Physiological action of certain drugs in tablet form - Number 52A
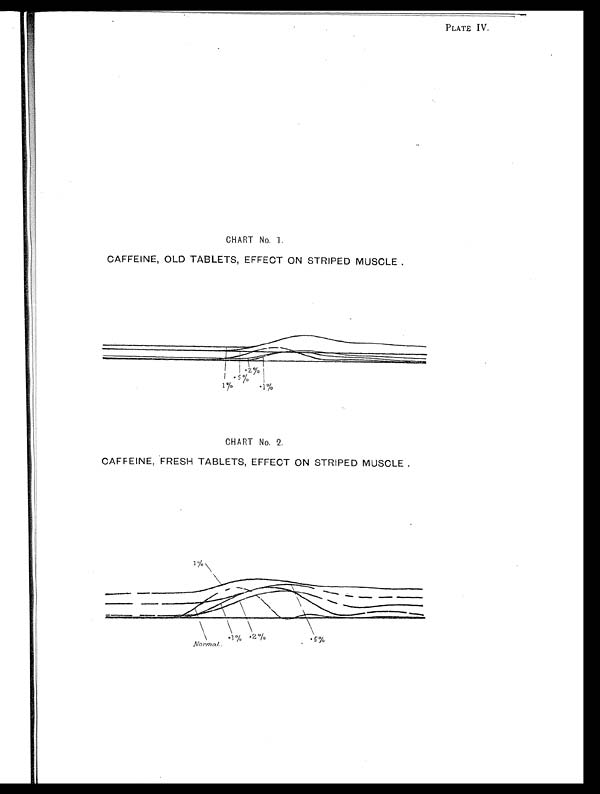
PLATE IV.
CHART No. 1.
CAFFEINE, OLD TABLETS, EFFECT ON STRIPED MUSCLE .
CHART No. 2.
CAFFEINE, FRESH TABLETS, EFFECT ON STRIPED MUSCLE .
Normal.